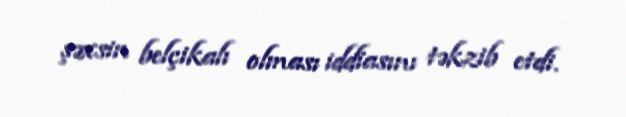
şəxsin belçikalı olması iddiasını təkzib etdi.